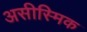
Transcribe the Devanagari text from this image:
असीस्मिक